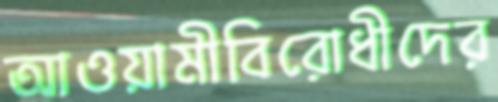
আওয়ামীবিরোধীদের